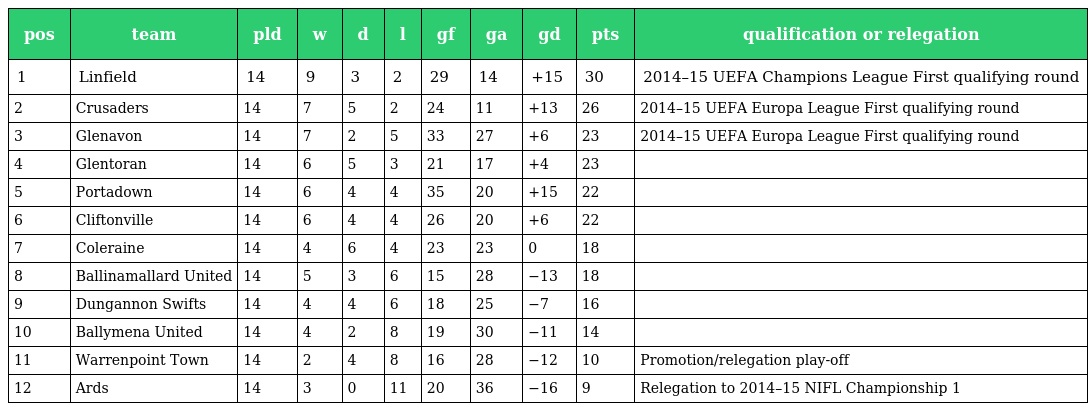
| pos | team | pld | w | d | l | gf | ga | gd | pts | qualification or relegation |
 | --- | --- | --- | --- | --- | --- | --- | --- | --- | --- | --- |
 | 1 | Linfield | 14 | 9 | 3 | 2 | 29 | 14 | +15 | 30 | 2014–15 UEFA Champions League First qualifying round |
 | 2 | Crusaders | 14 | 7 | 5 | 2 | 24 | 11 | +13 | 26 | 2014–15 UEFA Europa League First qualifying round |
 | 3 | Glenavon | 14 | 7 | 2 | 5 | 33 | 27 | +6 | 23 | 2014–15 UEFA Europa League First qualifying round |
 | 4 | Glentoran | 14 | 6 | 5 | 3 | 21 | 17 | +4 | 23 |  |
 | 5 | Portadown | 14 | 6 | 4 | 4 | 35 | 20 | +15 | 22 |  |
 | 6 | Cliftonville | 14 | 6 | 4 | 4 | 26 | 20 | +6 | 22 |  |
 | 7 | Coleraine | 14 | 4 | 6 | 4 | 23 | 23 | 0 | 18 |  |
 | 8 | Ballinamallard United | 14 | 5 | 3 | 6 | 15 | 28 | −13 | 18 |  |
 | 9 | Dungannon Swifts | 14 | 4 | 4 | 6 | 18 | 25 | −7 | 16 |  |
 | 10 | Ballymena United | 14 | 4 | 2 | 8 | 19 | 30 | −11 | 14 |  |
 | 11 | Warrenpoint Town | 14 | 2 | 4 | 8 | 16 | 28 | −12 | 10 | Promotion/relegation play-off |
 | 12 | Ards | 14 | 3 | 0 | 11 | 20 | 36 | −16 | 9 | Relegation to 2014–15 NIFL Championship 1 |